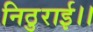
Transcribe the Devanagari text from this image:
निठुराई।।